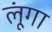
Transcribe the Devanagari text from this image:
लूूंगा